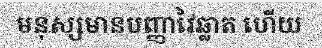
មនុស្សមានបញ្ញាវៃឆ្លាត ហើយ